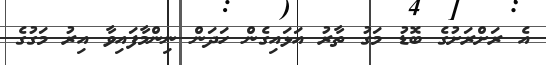
އެ ރަށްރަށުގެ ބޮޑު މަގު ތާރު އަޅައިގެން ހަދަން ނިންމާފައިވާ އިރު މަގުގެ